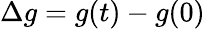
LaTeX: \Delta g=g(t)-g(0)